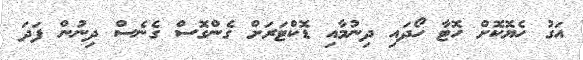
އަގު ހެޔޮކޮށް ހޮޓާ ހޯދައި ދިނުމާއި ޑޮކްޓަރަށް ގެންގޮސް ގެނެސް ދިނުން ފަދަ